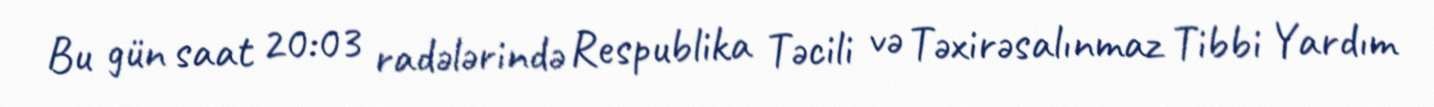
Bu gün saat 20:03 radələrində Respublika Təcili və Təxirəsalınmaz Tibbi Yardım